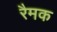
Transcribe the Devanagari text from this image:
रैमक